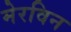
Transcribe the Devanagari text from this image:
मेरविन